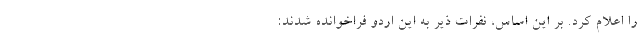
را اعلام کرد. بر این اساس، نفرات ذیر به این اردو فراخوانده شدند: